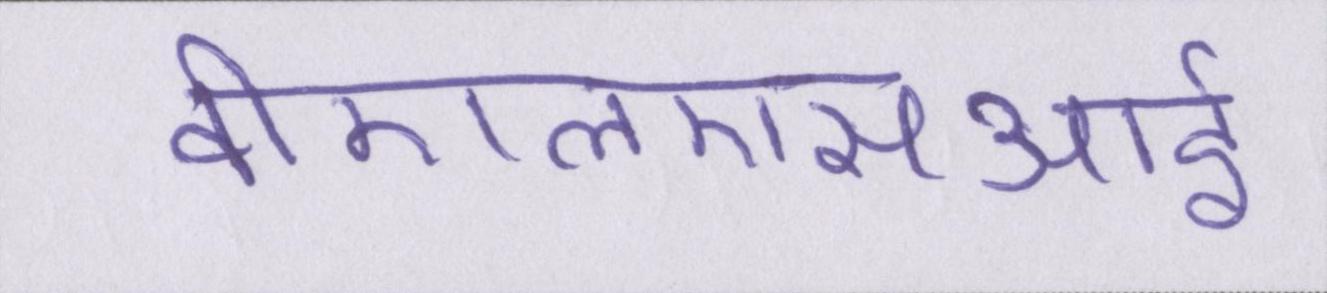
वीएलएसआई